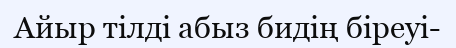
Айыр тілді абыз бидің біреуі-